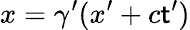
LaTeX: x=\gamma^{\prime}(x^{\prime}+c\mathsf{t}^{\prime})